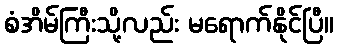
စံအိမ်ကြီးသို့လည်း မရောက်နိုင်ပြီ။